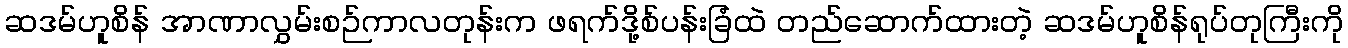
ဆဒမ်ဟူစိန် အာဏာလွှမ်းစဉ်ကာလတုန်းက ဖရက်ဒို့စ်ပန်းခြံထဲ တည်ဆောက်ထားတဲ့ ဆဒမ်ဟူစိန်ရုပ်တုကြီးကို